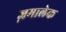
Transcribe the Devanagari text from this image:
ज़मालेक